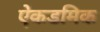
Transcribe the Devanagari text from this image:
ऐकडमिक